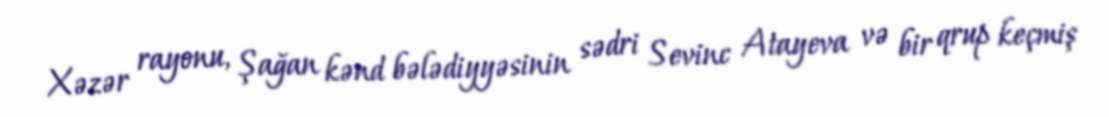
Xəzər rayonu, Şağan kənd bələdiyyəsinin sədri Sevinc Atayeva və bir qrup keçmiş